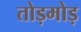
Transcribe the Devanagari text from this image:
तोड़मोड़